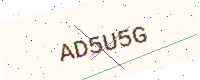
Text: AD5U5G